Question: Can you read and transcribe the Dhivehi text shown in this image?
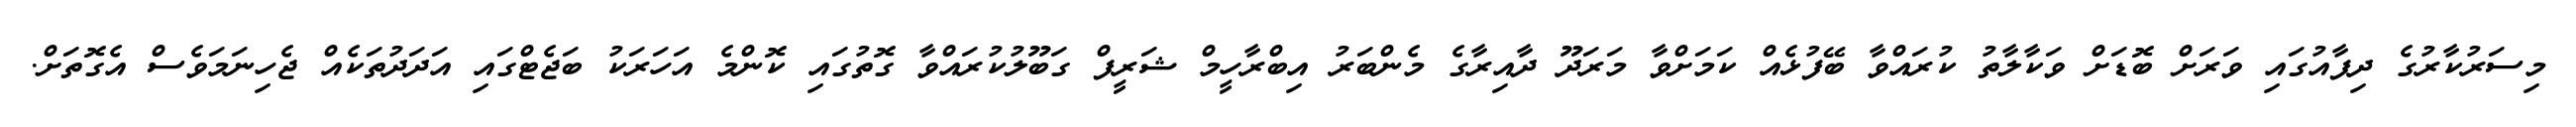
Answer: މިސަރުކާރުގެ ދިފާއުގައި ވަރަށް ބޮޑަށް ވަކާލާތު ކުރައްވާ ބޭފުޅެއް ކަމަށްވާ މަރަދޫ ދާއިރާގެ މެންބަރު އިބްރާހީމް ޝަރީފް ގަބޫލުކުރައްވާ ގޮތުގައި ކޮންމެ އަހަރަކު ބަޖެޓްގައި އަދަދުތަކެއް ޖެހިނަމަވެސް އެގޮތަށް.